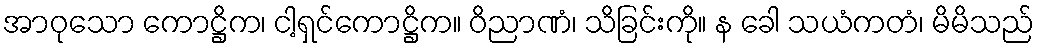
အာဝုသော ကောဋ္ဌိက၊ ငါ့ရှင်ကောဋ္ဌိက။ ဝိညာဏံ၊ သိခြင်းကို။ န ခေါ သယံကတံ၊ မိမိသည်